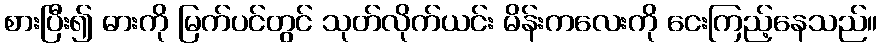
စားပြီး၍ ဓားကို မြက်ပင်တွင် သုတ်လိုက်ယင်း မိန်းကလေးကို ငေးကြည့်နေသည်။